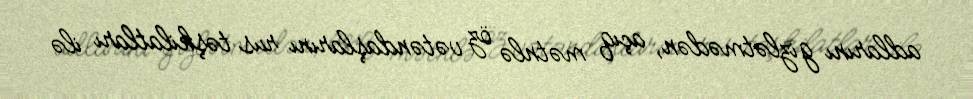
adlarını gizlətmədən, açıq mətnlə öz vətəndaşlarını rus təşkilatları ilə